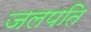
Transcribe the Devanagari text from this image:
जलपति